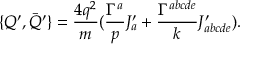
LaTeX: \{ Q ^ { \prime } , \bar { Q } ^ { \prime } \} = \frac { 4 q ^ { 2 } } { m } ( \frac { \Gamma ^ { a } } { p } J _ { a } ^ { \prime } + \frac { \Gamma ^ { a b c d e } } { k } J _ { a b c d e } ^ { \prime } ) .